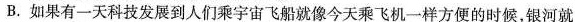
B. 如果有一天科技发展到人们乘宇宙飞船就像今天乘飞机一样方便的时候，银河就